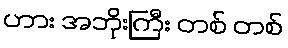
ဟား အဘိုးကြီး တစ် တစ်